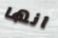
انها